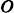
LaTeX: o